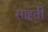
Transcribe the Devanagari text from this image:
साह्ती